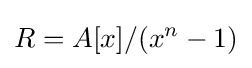
R=A[x]/(x^{n}-1)